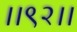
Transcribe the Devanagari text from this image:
।।९२।।